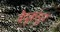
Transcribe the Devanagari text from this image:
वैदूकडून